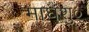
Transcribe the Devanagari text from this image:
माघशु०